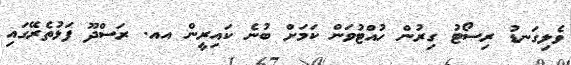
ވެލިގަނޑު ރިސޯޓު ގިރުން ހުއްޓުވަން ކަމަށް ބުނެ ކައިރީން އއ. ރަސްދޫ ފަޅުތެރޭގައި